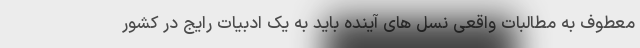
معطوف به مطالبات واقعی نسل های آینده باید به یک ادبیات رایج در کشور